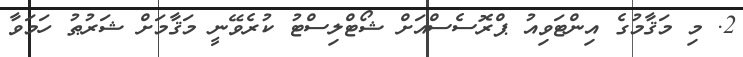
2. މި މަޤާމުގެ އިންޓަވިއު ޕްރޮސެސްއަށް ޝޯޓްލިސްޓު ކުރެވޭނީ މަޤާމަށް ޝަރުޠު ހަމަވާ